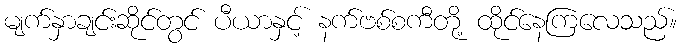
မျက်နှာချင်းဆိုင်တွင် ပီယာနှင့် နက်ဗစ်စကီတို့ ထိုင်နေကြလေသည်။